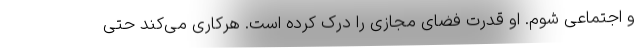
و اجتماعی شوم. او قدرت فضای مجازی را درک کرده است. هرکاری می‌کند حتی